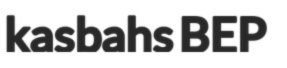
kasbahs BEP